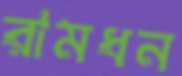
রামধন